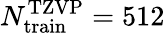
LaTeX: N_{\mathrm{train}}^{\mathrm{TZVP}}=512